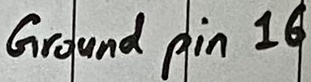
Text: Ground pin 16